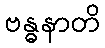
ဗန္ဓနာတိ